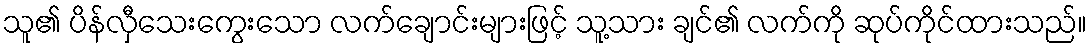
သူ၏ ပိန်လှီသေးကွေးသော လက်ချောင်းများဖြင့် သူ့သား ချင်၏ လက်ကို ဆုပ်ကိုင်ထားသည်။